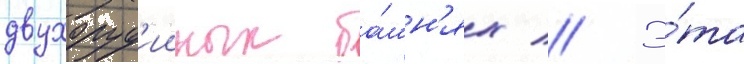
двухоруд'ииных ба́шн'ях // Э́та